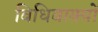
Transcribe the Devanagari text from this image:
विधिवाक्यों